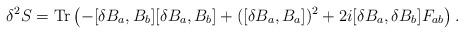
LaTeX: \begin{align*}\delta^2 S = {\rm Tr} \left( - [\delta B_a, B_b] [\delta B_a, B_b] + ([\delta B_a, B_a])^2 +2 i [\delta B_a, \delta B_b] F_{ab} \right).\end{align*}